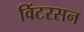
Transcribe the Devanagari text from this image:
विंटरसन